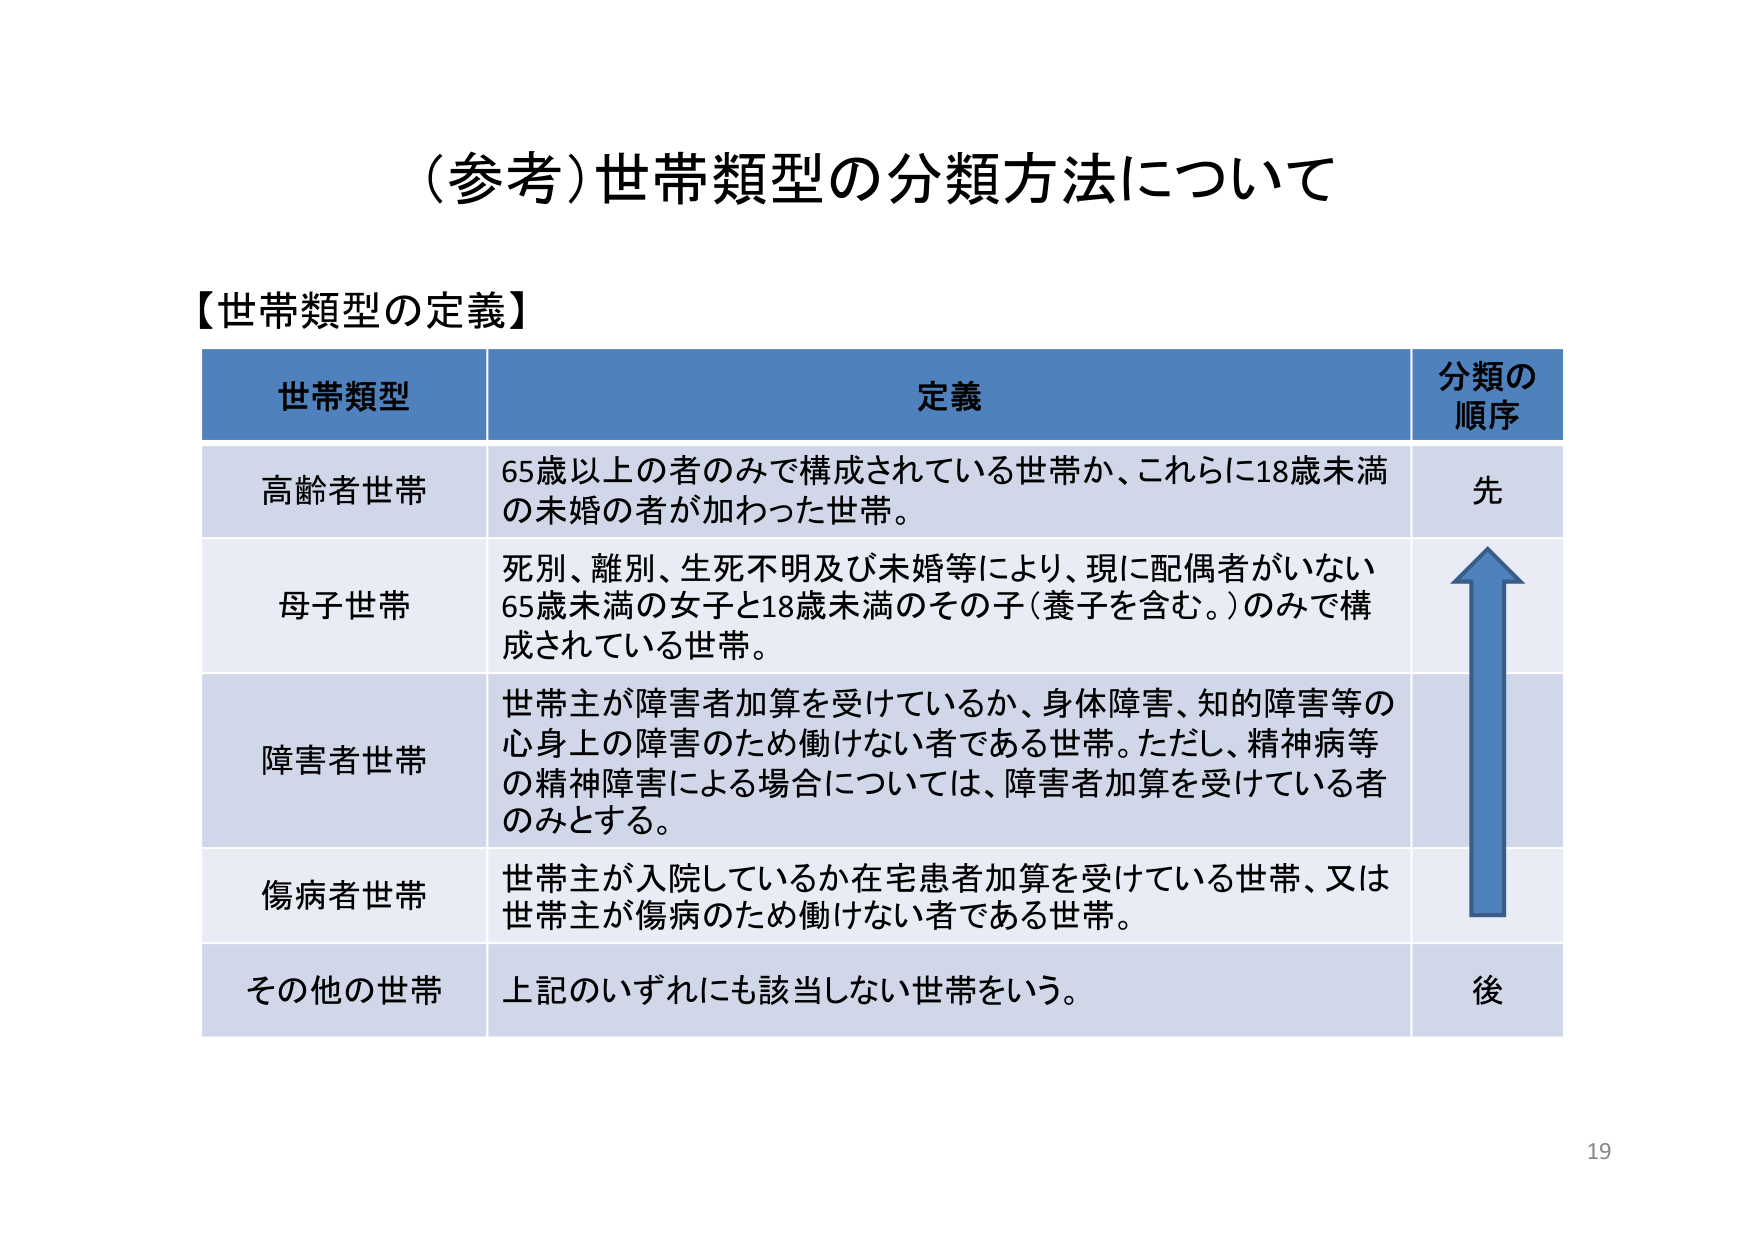
（参考）世帯類型の分類方法について

【世帯類型の定義】

世帯類型